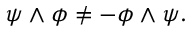
\psi \wedge \phi \neq - \phi \wedge \psi .